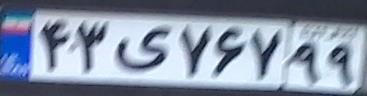
۴۳ی۷۶۷۹۹